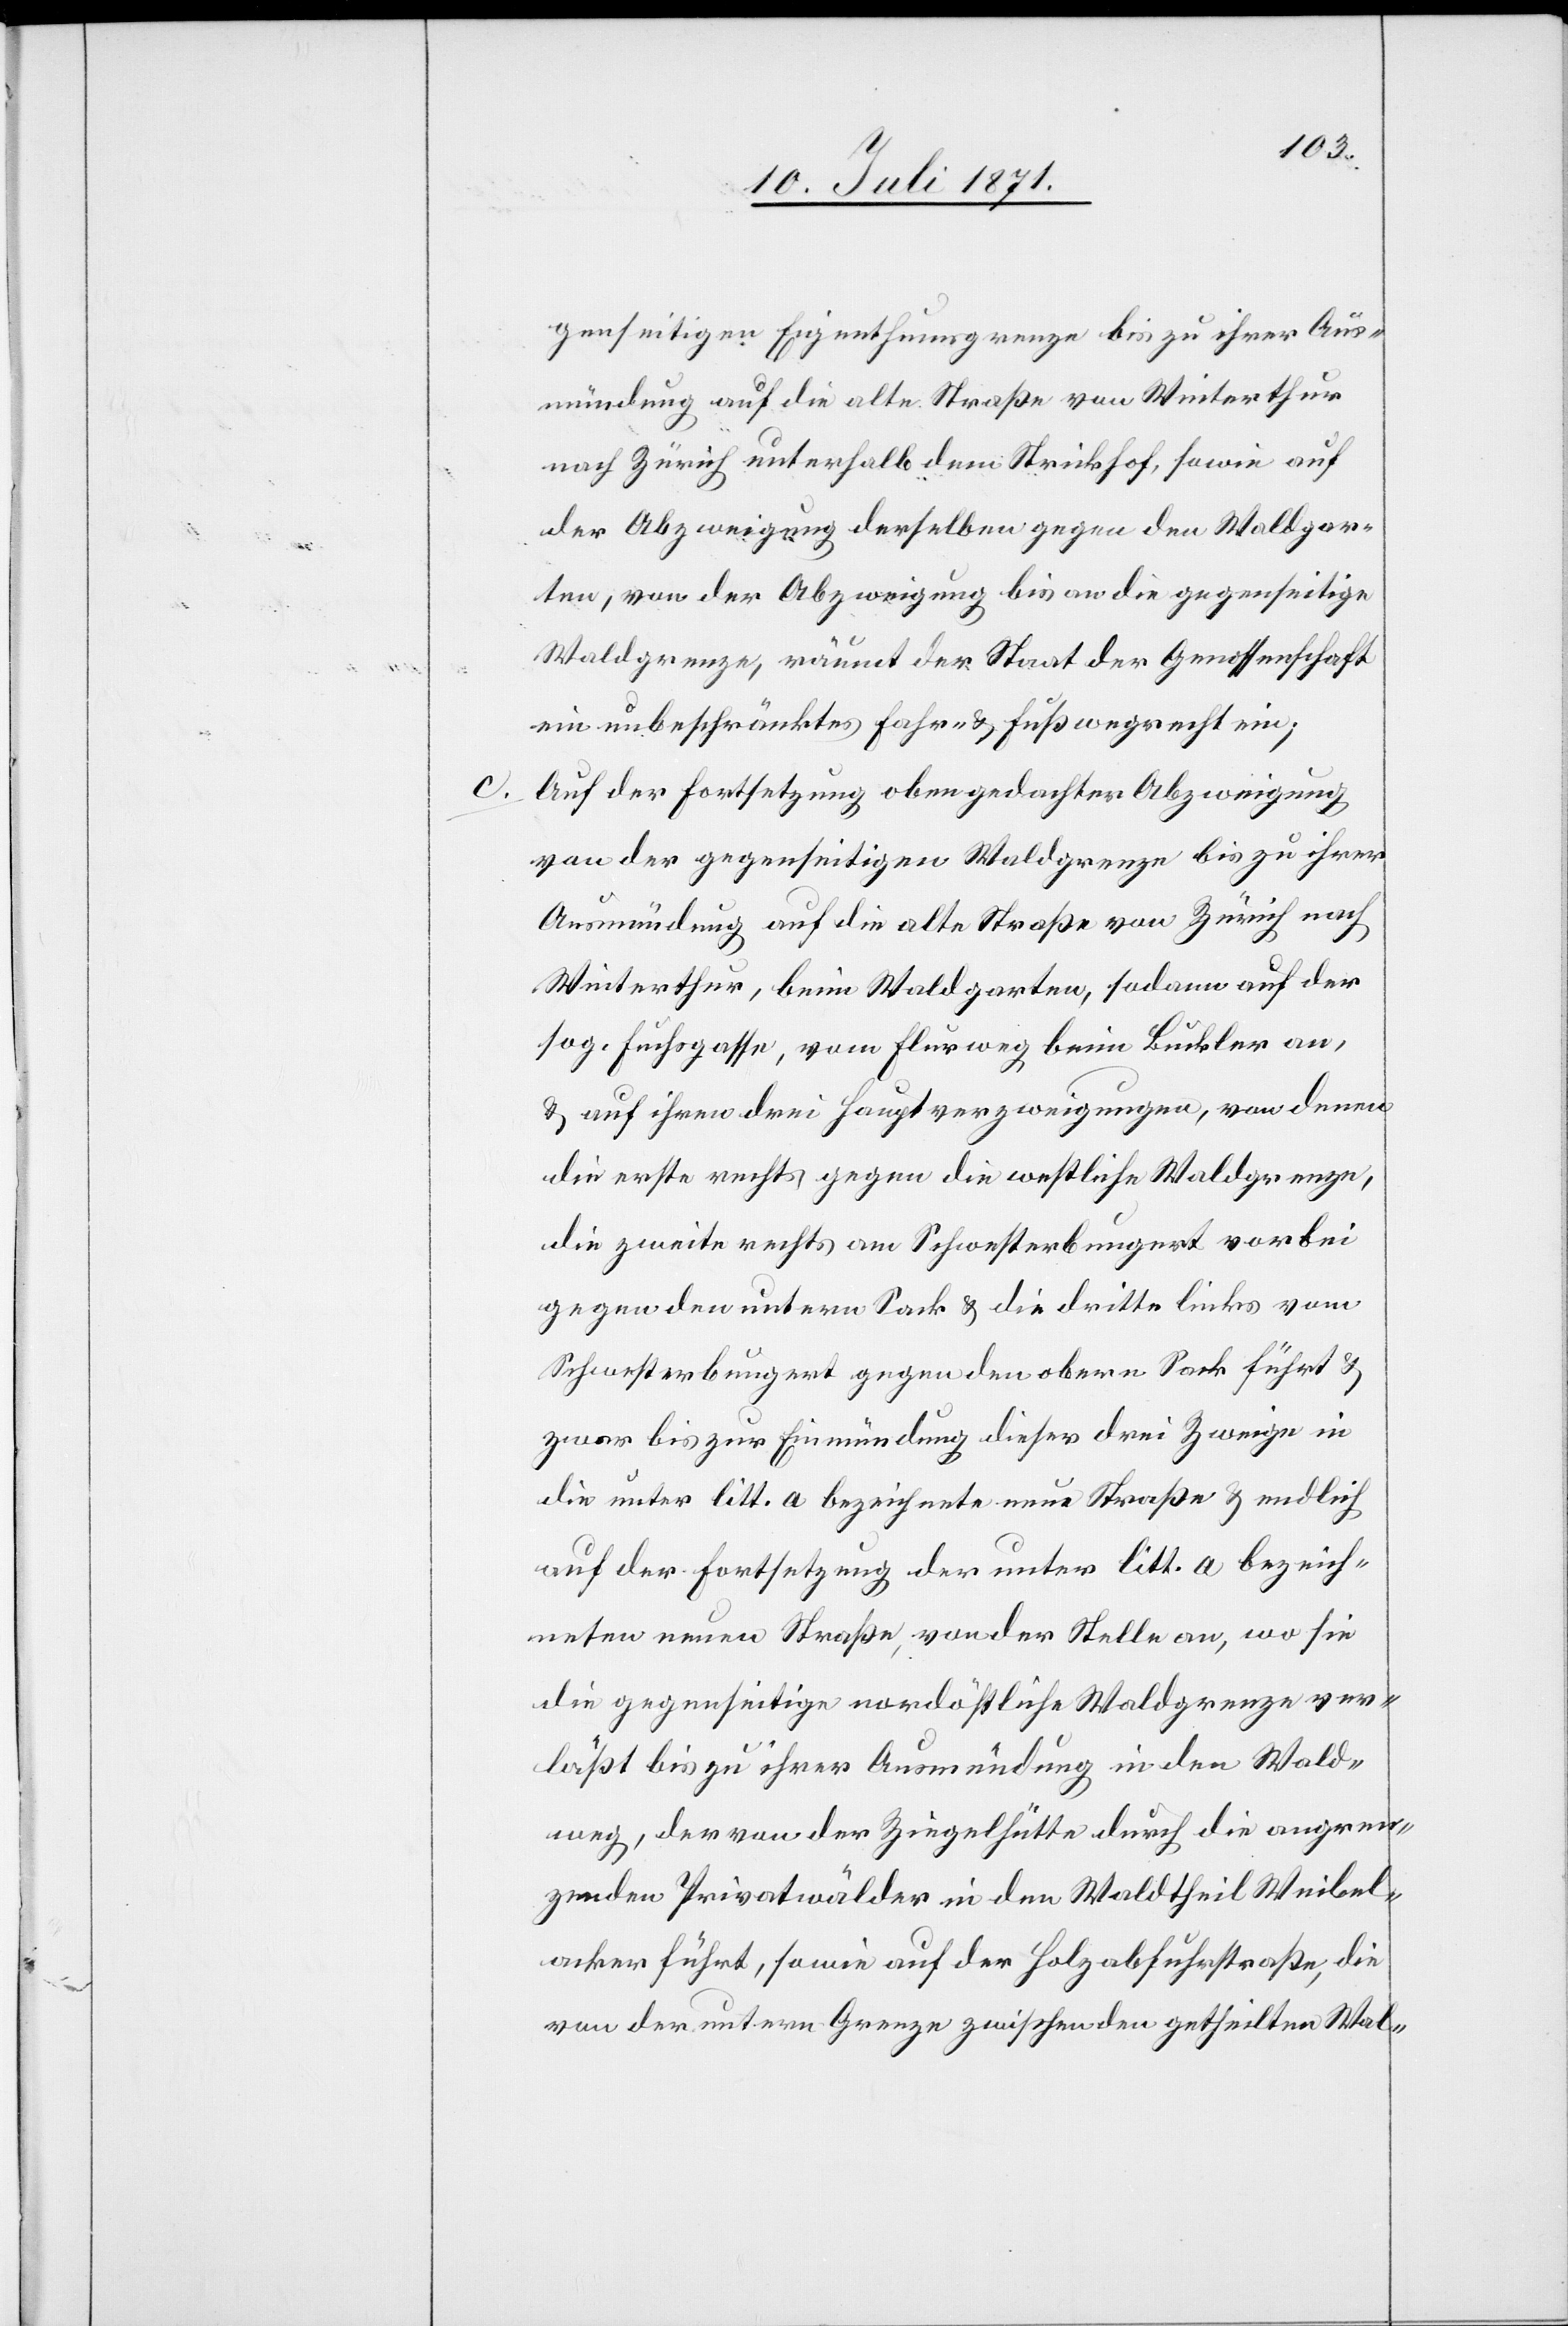
genseitigen Eigenthumsgrenze bis zu ihrer Aus¬
mündung auf die alte Straße von Winterthur
nach Zürich unterhalb dem Strickhof, sowie auf
der Abzweigung derselben gegen den Waldgar¬
ten, von der Abzweigung bis an die gegenseitige
Waldgrenze, räumt der Staat der Genossenschaft
ein unbeschränktes Fahr- u. Fußwegrecht ein;
Auf der Fortsetzung oben gedachter Abzweigung
von der gegenseitigen Waldgrenze bis zu ihrer
Ausmündung auf die alte Straße von Zürich nach
Winterthur, beim Waldgarten, sodann auf der
sog. Fuchsgasse, vom Flurweg beim Buckler an,
u. auf ihren drei Hauptverzweigungen, von denen
die erste rechts gegen die westliche Waldgrenze,
die zweite rechts am Schwesterbungert vorbei
gegen den unterm Sack u. die dritte links vom
Schwesterbungert gegen den obern Sack führt u.
zwar bis zur Einmündung dieser drei Zweige in
die unter litt. a bezeichnete neue Straße u. endlich
auf der Fortsetzung der unter litt. a bezeich¬
neten neuen Straße, von der Stelle an, wo sie
die gegenseitige nordöstliche Waldgrenze ver¬
läßt bis zu ihrer Ausmündung in den Wald¬
weg, der von der Ziegelhütte durch die angren¬
zenden Privatwälder in den Waldtheil Weibel¬
acker führt, sowie auf der Holzabfuhrstraße, die
von der untern Grenze zwischen getheilten Wal-